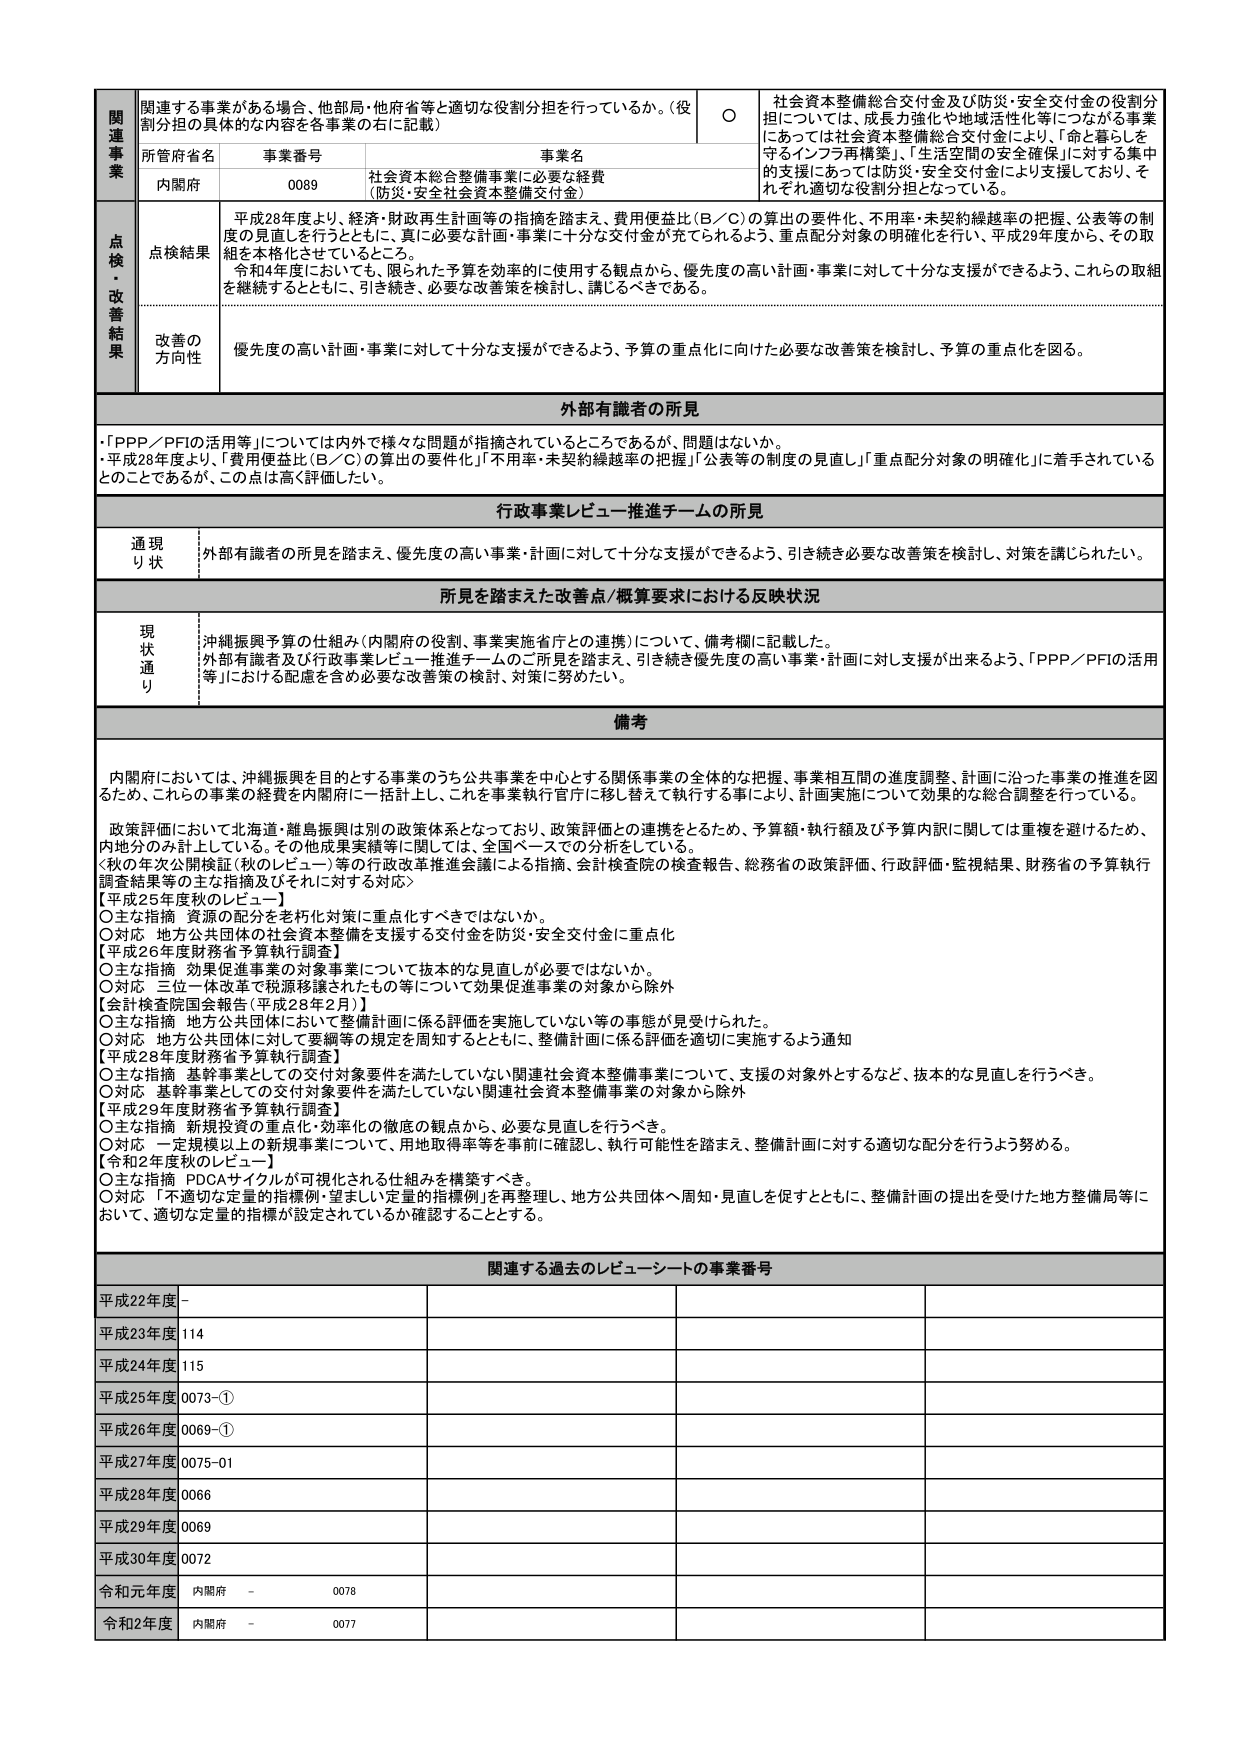
関連事業
関連する事業がある場合、他部局・他府省等と適切な役割分担を行っているか。（役割分担の具体的内容を各事業の右に記載）
○
社会資本整備総合交付金及び防災・安全交付金の役割分担については、成長力強化や地域活性化等につながる事業にあっては社会資本整備総合交付金により、「命と暮らしを守るインフラ再構築」、「生活空間の安全確保」に対する集中的支援にあっては防災・安全交付金により支援しており、それぞれ適切な役割分担となっている。

所管府省名　事業番号　事業名
内閣府　0089　社会資本総合整備事業に必要な経費（防災・安全社会資本整備交付金）

点検・改善結果
点検結果
平成28年度より、経済・財政再生計画等の指摘を踏まえ、費用便益比（B／C）の算出の要件化、不用率・未契約繰越率の把握、公表等の制度の見直しを行うとともに、真に必要な計画・事業に十分な交付金が充てられるよう、重点配分対象の明確化を行い、平成29年度から、その取組を本格化させているところ。
令和4年度においても、限られた予算を効率的に使用する観点から、優先度の高い計画・事業に対して十分な支援ができるよう、これらの取組を継続するとともに、引き続き、必要な改善策を検討し、講じるべきである。

改善の方向性
優先度の高い計画・事業に対して十分な支援ができるよう、予算の重点化に向けた必要な改善策を検討し、予算の重点化を図る。

外部有識者の所見
・「PPP／PFIの活用等」については内外で様々な問題が指摘されているところであるが、問題はないか。
・平成28年度より、「費用便益比（B／C）の算出の要件化」「不用率・未契約繰越率の把握」「公表等の制度の見直し」「重点配分対象の明確化」に着手されているとのことであるが、この点は高く評価したい。

行政事業レビュー推進チームの所見
通現り状
外部有識者の所見を踏まえ、優先度の高い事業・計画に対して十分な支援ができるよう、引き続き必要な改善策を検討し、対策を講じられたい。

所見を踏まえた改善点／概算要求における反映状況
現状通り
沖縄振興予算の仕組み（内閣府の役割、事業実施省庁との連携）について、備考欄に記載した。
外部有識者及び行政事業レビュー推進チームの二つ所見を踏まえ、引き続き優先度の高い事業・計画に対し支援が出来るよう、「PPP／PFIの活用等」における配慮を含め必要な改善策の検討、対策に努めたい。

備考
内閣府においては、沖縄振興を目的とする事業のうち公共事業を中心とする関係事業の全体的な把握、事業相互間の進度調整、計画に沿った事業の推進を図るため、これらの事業の経費を内閣府に一括計上し、これを事業執行官庁に移し替えて執行する事により、計画実施について効果的な総合調整を行っている。
政策評価において北海道・離島振興は別の政策体系となっており、政策評価との連携をとるため、予算額・執行額及び予算内訳に関しては重複を避けるため、内地分のみ計上している。その他成果実績等に関しては、全国ベースでの分析をしている。
＜秋の年次公開検証（秋のレビュー）等の行政改革推進会議による指摘、会計検査院の検査報告、総務省の政策評価、行政評価・監視結果、財務省の予算執行調査結果等の主な指摘及びそれに対する対応＞
【平成25年度秋のレビュー】
○主な指摘　資源の配分を老朽化対策に重点化すべきではないか。
○対応　地方公共団体の社会資本整備を支援する交付金を防災・安全交付金に重点化
【平成26年度財務省予算執行調査】
○主な指摘　効果促進事業の対象事業について抜本的な見直しが必要ではないか。
○対応　三位一体改革で税源移譲されたもの等について効果促進事業の対象から除外
【会計検査院国会報告（平成28年2月）】
○主な指摘　地方公共団体において整備計画に係る評価を実施していない等の事態が見受けられた。
○対応　地方公共団体に対して要綱等の規定を周知するとともに、整備計画に係る評価を適切に実施するよう通知
【平成28年度財務省予算執行調査】
○主な指摘　基幹事業としての交付対象要件を満たしていない関連社会資本整備事業について、支援の対象外とするなど、抜本的な見直しを行うべき。
○対応　基幹事業としての交付対象要件を満たしていない関連社会資本整備事業の対象から除外
【平成29年度財務省予算執行調査】
○主な指摘　新規投資の重点化・効率化の徹底の観点から、必要な見直しを行うべき。
○対応　一定規模以上の新規事業について、用地取得率等を事前に確認し、執行可能性を踏まえ、整備計画に対する適切な配分を行うよう努める。
【令和2年度秋のレビュー】
○主な指摘　PDCAサイクルが可視化される仕組みを構築すべき。
○対応　「不適切な定量的指標例・望ましい定量的指標例」を再整理し、地方公共団体へ周知・見直しを促すとともに、整備計画の提出を受けた地方整備局等において、適切な定量的指標が設定されているか確認することとする。

関連する過去のレビュー・シートの事業番号
平成22年度　－
平成23年度　114
平成24年度　115
平成25年度　0073-①
平成26年度　0069-①
平成27年度　0075-01
平成28年度　0066
平成29年度　0069
平成30年度　0072
令和元年度　内閣府　－　0078
令和2年度　内閣府　－　0077